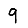
Digit: 9